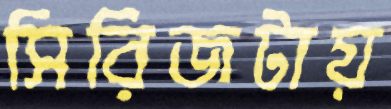
সিরিজটায়